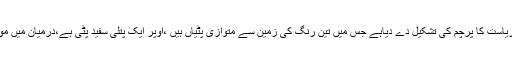
ہوائی کی آزادی کی خواہاں تحریکات نے آزاد ہوائی ریاست کا پرچم کی تشکیل دے دیاہے جس میں تین رنگ کی زمین سے متوازی پٹیاں ہیں ،اوپر ایک پتلی سفید پٹی ہے،درمیان میں موٹی سنہری پٹی ہے اور پھر نیچے پتلی کالی پٹی ہے۔